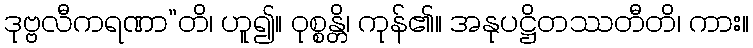
ဒုဗ္ဗလီကရဏာ”တိ၊ ဟူ၍။ ဝုစ္စန္တိ၊ ကုန်၏။ အနုပဋ္ဌိတဿတီတိ၊ ကား။